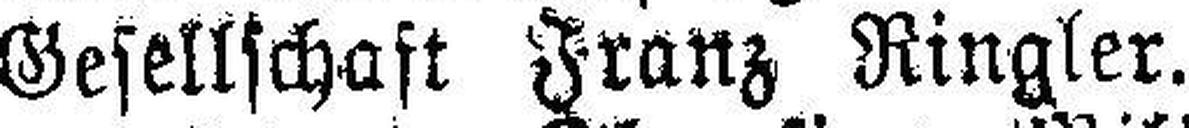
Gesellschaft Franz Ringler.